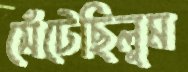
সেঁটেছিলুম